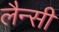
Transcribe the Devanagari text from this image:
लैन्सी